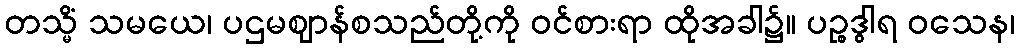
တသ္မိံ သမယေ၊ ပဌမဈာန်စသည်တို့ကို ဝင်စားရာ ထိုအခါ၌။ ပဉ္စဒွါရ ဝသေန၊